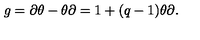
g = \partial \theta - \theta \partial = 1 + ( q - 1 ) \theta \partial .